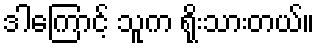
ဒါကြောင့် သူက ရိုးသားတယ်။